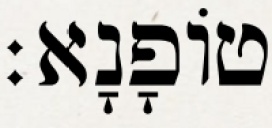
טוֹפָנָא׃